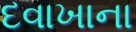
દવાખાના